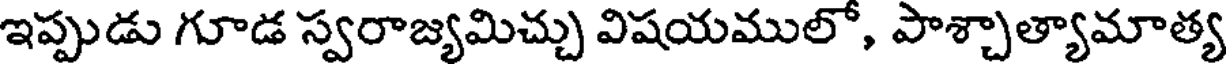
ఇప్పుడు గూడ స్వరాజ్యమిచ్చు విషయములో, పాశ్చాత్యామాత్య